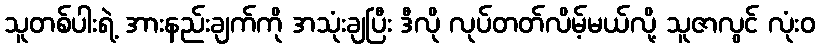
သူတစ်ပါးရဲ့ အားနည်းချက်ကို အသုံးချပြီး ဒီလို လုပ်တတ်လိမ့်မယ်လို့ သူဇာလွင် လုံးဝ